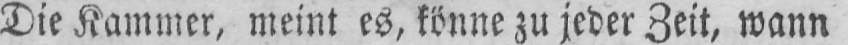
Die Kammer, meint es, könne zu jeder Zeit, wann